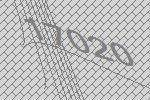
17020